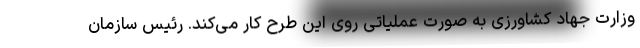
وزارت جهاد کشاورزی به صورت عملیاتی روی این طرح کار می‌کند. رئیس سازمان